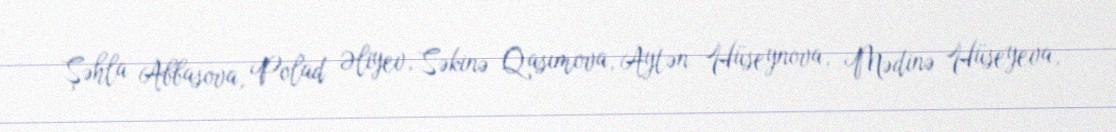
Şəhla Abbasova, Polad Əliyev, Səkinə Qasımova, Aytən Hüseynova, Mədinə Hüseyeva,